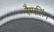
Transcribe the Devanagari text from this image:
रैम्पलिंग